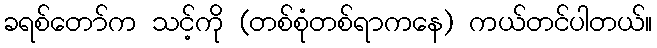
ခရစ်တော်က သင့်ကို (တစ်စုံတစ်ရာကနေ) ကယ်တင်ပါတယ်။